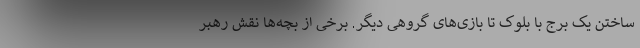
ساختن یک برج با بلوک تا بازی‌های گروهی دیگر. برخی از بچه‌ها نقش رهبر